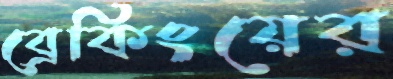
ব্রেকিংয়ের